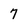
Character: 7